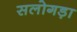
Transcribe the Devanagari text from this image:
सलोगड़ा